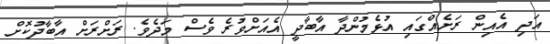
އަދި އެއިން ރަށެއްގައި އުޅެމުންދާ އާބާދީ އެއަށްވުރެ ވެސްް މަދެވެ. ރަށްރަށް އާބާދުކޮށް